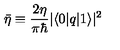
\bar { \eta } \equiv \frac { 2 \eta } { \pi \hbar } | \langle 0 | q | 1 \rangle | ^ { 2 }